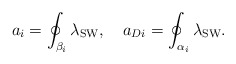
\begin{align*}a_i = \oint_{\beta_i}\lambda_{\rm SW} ,\quad a_{Di} = \oint_{\alpha_i}\lambda_{\rm SW}.\end{align*}